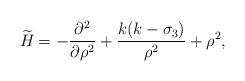
LaTeX: \begin{align*} \widetilde{H}_{}=-\frac{\partial^{2}}{\partial\rho^{2}}+\frac{k(k-\sigma_3)}{\rho^{2}}+\rho^{2},\end{align*}